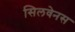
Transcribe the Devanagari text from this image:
सिलवेनस